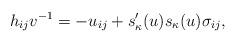
LaTeX: \begin{align*} h_{ij}v^{-1}=-u_{ij}+s'_{\kappa}(u)s_{\kappa}(u)\sigma_{ij},\end{align*}